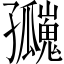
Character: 𪧄